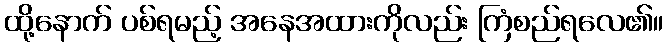
ထို့နောက် ပစ်ရမည့် အနေအထားကိုလည်း ကြံစည်ရလေ၏။